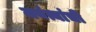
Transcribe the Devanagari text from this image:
जयंत्यांची